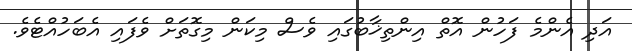
އަދި އެންމެ ފަހުން އޮތް އިންތިޚާބުގައި ވެސް މިކަން މިގޮތަށް ވެފައި އެބަހުއްޓެވެ.